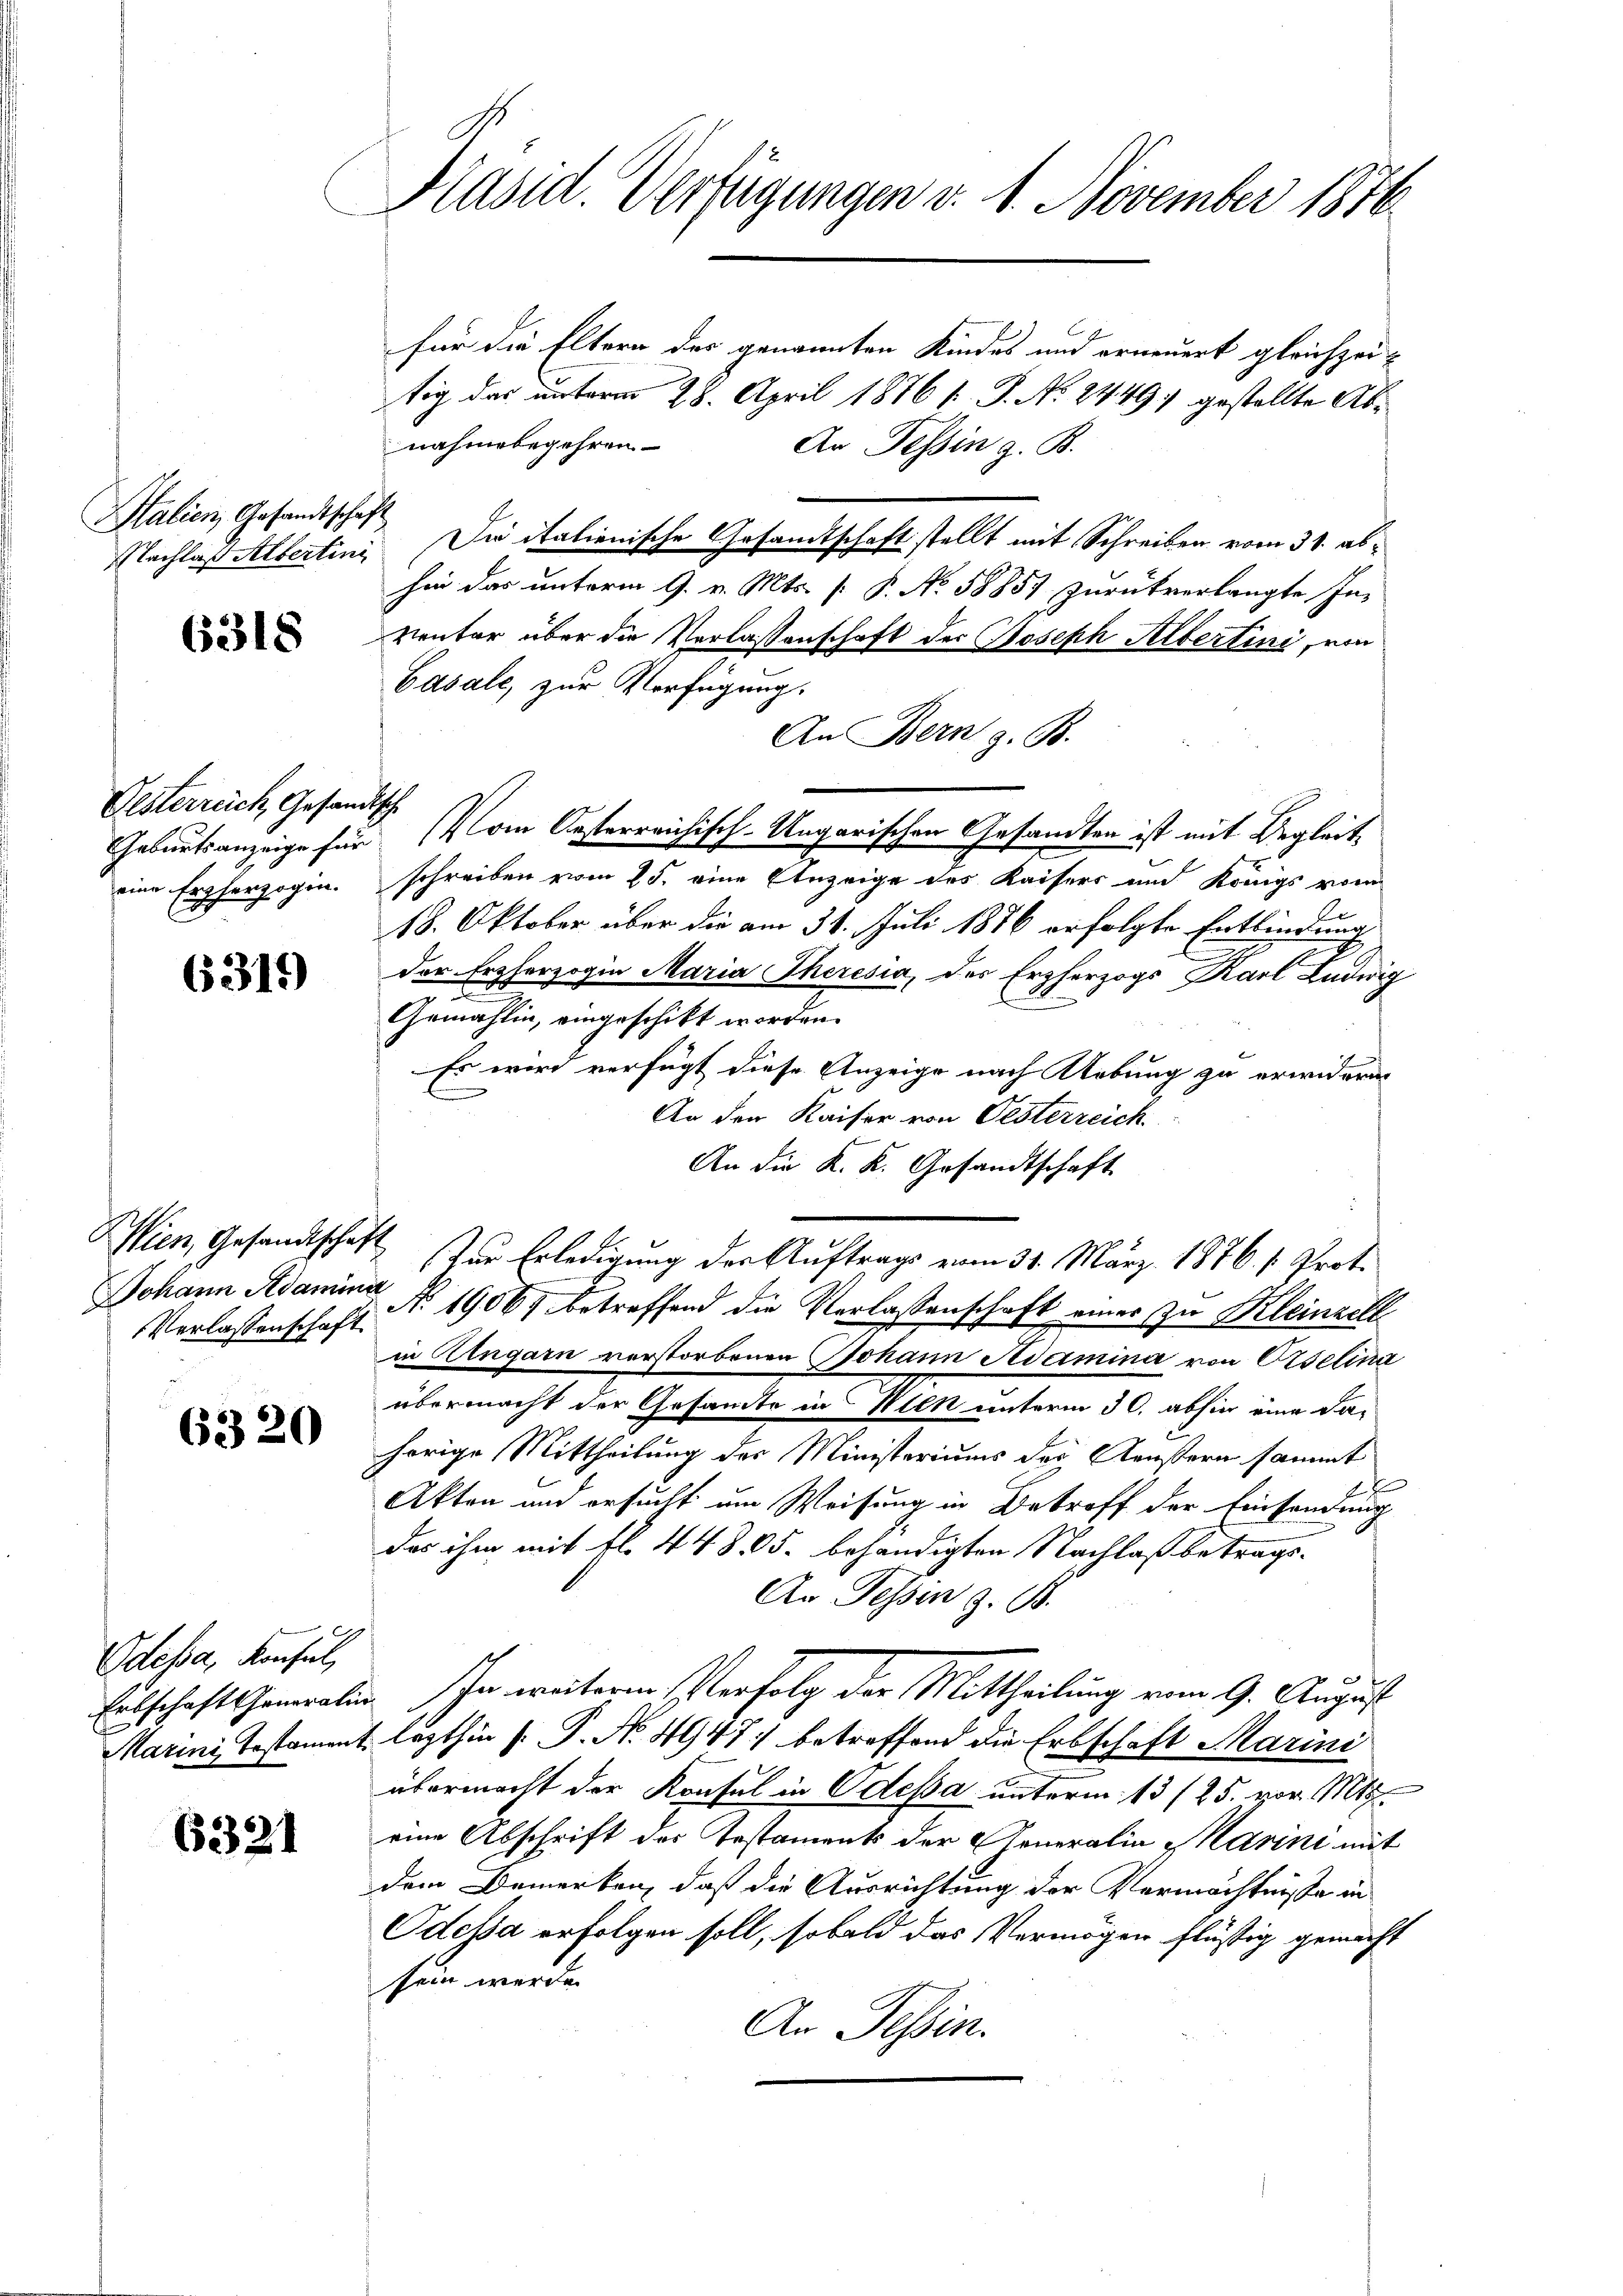
Italien, Gesandtschäft

6318

Oesterreich, Gesandtsche
eine Erzherzogin.

6319

Johann Adamina

6320

Odessa, Konsul,

6321

Präsid. Verfügungen v. 1. November 1876

für die Eltern der genannten Kindes und erneuert gleichzeitig das unterm 28. April 1876 s. S. No. 2449 gestellte Abnahmebegehren
An Tessin z. B.
Nachlaß Albertini Die italienische Gesandtschaft stellt mit Schreiben vom 31. abhin das unterm 9. v. Mts. [: P. No. 58857 zurückverlangte In-
ventar über die Verlassenschaft der Joseph Albertini, von
Casale, zur Verfügung.
An Bern z. B.
Geburtsanzeige für Von Oesterreichisch-Ungarischen Gesandten ist mit Begleitschreiben vom 15. eine Ehezeige des Kaisers und Königs vom
.
18. Oktober über die am 31. Juli 1886 erfolgte Entbindung
der Erzherzogin Maria Theresia, des Erzherzogs Karl Ludwig
Gemahlin, eingeschikt worden.
Es wird verfügt diese Anzeige nach Uebung zu erwidern.
An den Kaiser von Oesterreich.
An die K. K. Gesandtschaft
Wien, Gesandtschaft zur Erledigung der Auftrags vom 31. März. 1876. 1. Prot.
Verlassenschaft No 1906 betreffend die Verlassenschaft einer zu Kleinzell
in Ungarn verstorbenen Johann Adamina von Oeselina
übermacht der Gesamte in Wien unterm 30. abhin eine da-
hörige Mittheilung der Ministeriums der Aeußern sammt
4
Akten und ersucht um Weisung in Betreff der Einsendung
das ihm mit fl. 448. 605. behändigten Nachlaß betrags-
An Tessin z. B.
Erbschaftshameralien. In weiteren Verfolg der Mittheilung vom 9. August
Marini, Testament lezthin  P. No. 4947) betreffend die Erbschaft Marini
übermacht der Konsul in Odessa unterm 13 (25. vor. Mtt.
eine Abschrift des Testaments der Generalia Harini mit
dem Bemerken, daß die Ausrichtung der Vermächtnisse in
Odessa erfolgen soll, sobald das Vermögen flüßig gemacht
sein werde.
An Tessin.